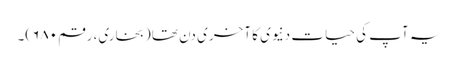
یہ آپ کی حیات دنیوی کا آخری دن تھا (بخاری، رقم ۶۸۰)۔